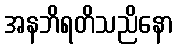
အနဘိရတိသညိနော